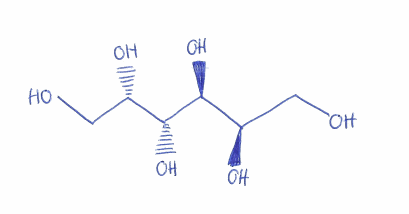
Simplified molecular-input line-entry system (SMILES) notation of the given molecule:
C([C@H]([C@@H]([C@@H]([C@H](CO)O)O)O)O)O